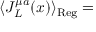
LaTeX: \langle J _ { L } ^ { \mu a } ( x ) \rangle _ { \mathrm { R e g } } =